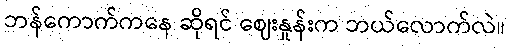
ဘန်ကောက်ကနေ ဆိုရင် ဈေးနှုန်းက ဘယ်လောက်လဲ။